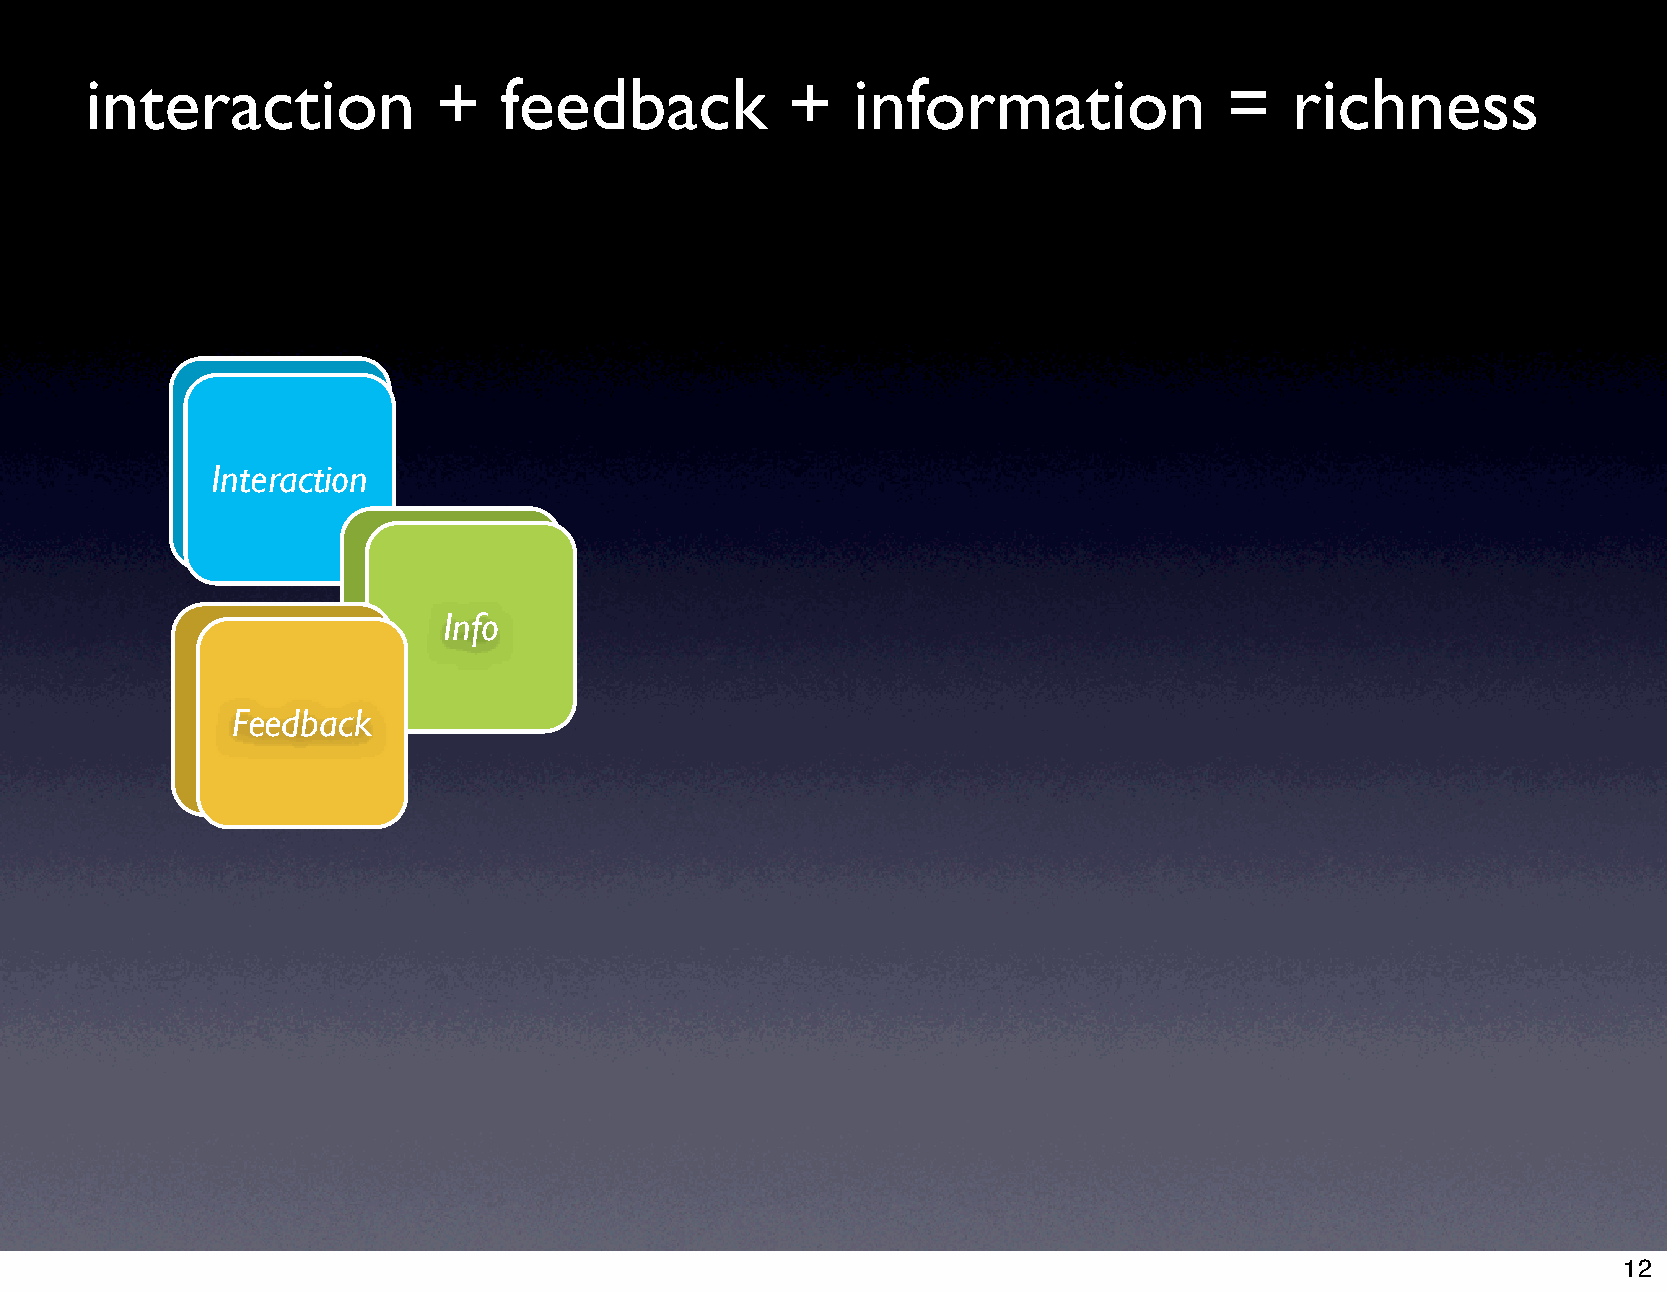
interaction            +   feedback           +   information              =   richness
 Interaction
 Info
 Feedback
 12